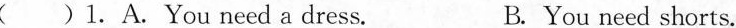
( )1. A. You need a dress. B. You need shorts.